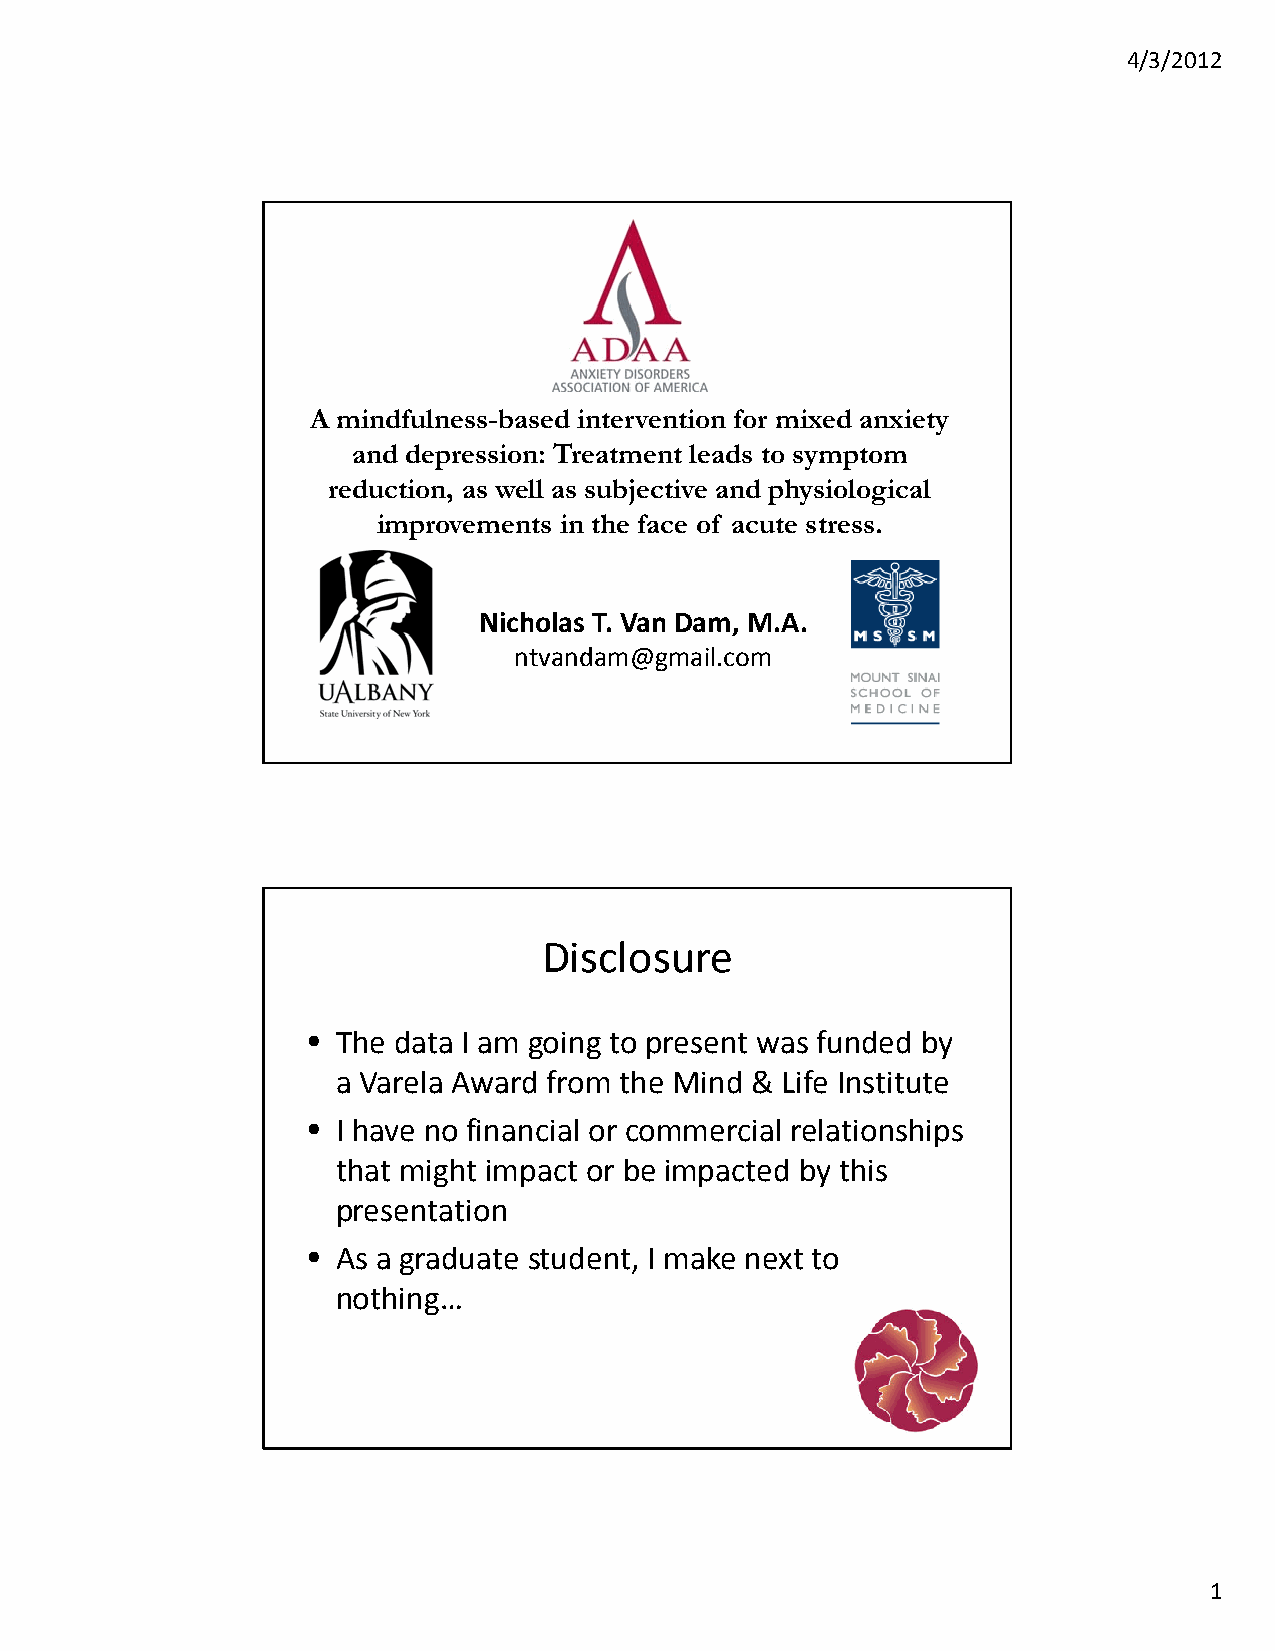
4/3/2012
 A mindfulness-based intervention for mixed anxiety
 and depression: Treatment leads to symptom
 reduction, as well as subjective and physiological
 improvements in the face of acute stress.
 Nicholas T. Van Dam, M.A.
 ntvandam@gmail.com
 Disclosure
 • The data I am going to present was funded by
 a Varela Award from the Mind & Life Institute
 • I have no financial or commercial relationships
 that might impact or be impacted by this
 presentation
 • As a graduate student, I make next to
 nothing…
 1